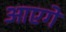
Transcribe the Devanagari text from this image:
आएगे